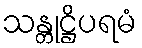
သန္တုဋ္ဌိပရမံ